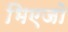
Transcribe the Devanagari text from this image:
भिएजो